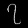
Digit: ၇